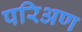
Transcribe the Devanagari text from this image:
परिअण